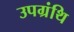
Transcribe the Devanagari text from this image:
उपग्रंथि